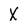
Character: X